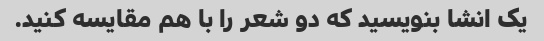
یک انشا بنویسید که دو شعر را با هم مقایسه کنید.